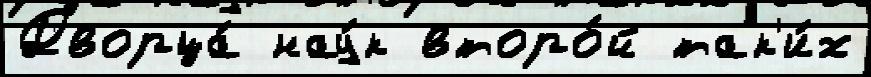
Дворца́ нау́к второ́й так'и́х